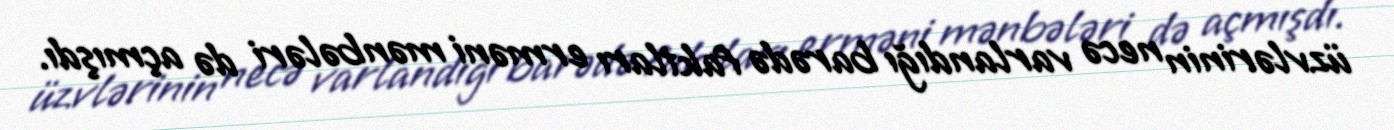
üzvlərinin necə varlandığı barədə faktları erməni mənbələri də açmışdı.